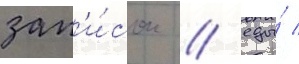
зап'и́сок / еды́ /